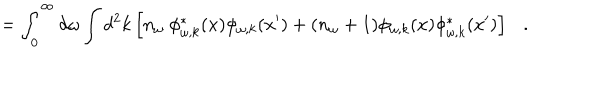
LaTeX: = \int _ { 0 } ^ { \infty } d \omega \int d ^ { 2 } k \left[ n _ { \omega } ~ \phi _ { \omega , k } ^ { * } ( x ) \phi _ { \omega , k } ( x ^ { \prime } ) + ( n _ { \omega } + 1 ) \phi _ { \omega , k } ( x ) \phi _ { \omega , k } ^ { * } ( x ^ { \prime } ) \right] .